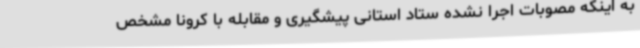
به اینکه مصوبات اجرا نشده ستاد استانی پیشگیری و مقابله با کرونا مشخص